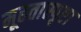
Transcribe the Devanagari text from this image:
मूढतास्पृष्टा